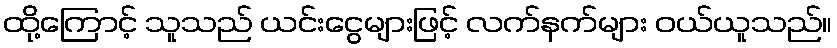
ထို့ကြောင့် သူသည် ယင်းငွေများဖြင့် လက်နက်များ ဝယ်ယူသည်။